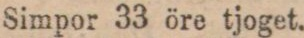
Simpor 33 öre tjoget.